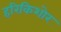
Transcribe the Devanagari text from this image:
हरिकिशोर